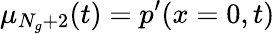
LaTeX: \mu_{N_{g}+2}(t)=p^{\prime}(x=0,t)